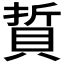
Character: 𫎘